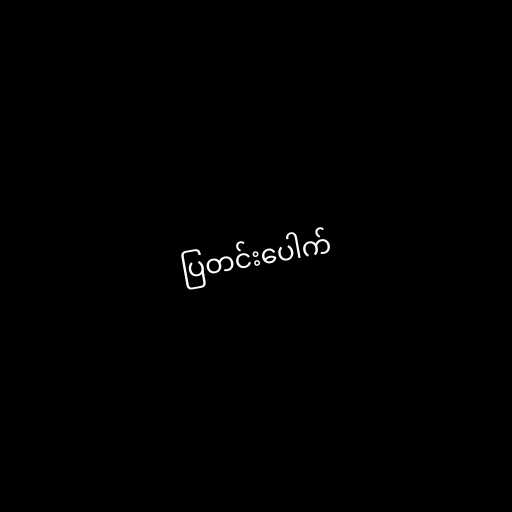
ပြတင်းပေါက်